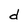
Character: d